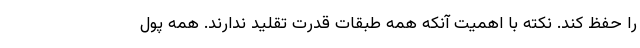
را حفظ کند. نکته با اهمیت آنکه همه طبقات قدرت تقلید ندارند. همه پول